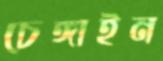
চেঙ্গাইন